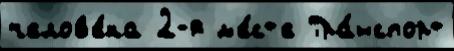
челов'е́ка 2-я м'е́ст'е Тра́нспорт